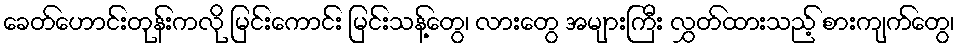
ခေတ်ဟောင်းတုန်းကလို မြင်းကောင်း မြင်းသန့်တွေ၊ လားတွေ အများကြီး လွှတ်ထားသည့် စားကျက်တွေ၊